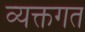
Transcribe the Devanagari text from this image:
व्यक्तगत